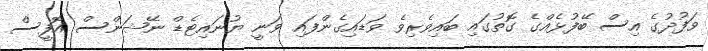
ވަފުދުގެ އިސް ބޭފުޅެއްގެ ގޮތުގައި ބައިވެރިވެ ވަޑައިގެންފައި ވަނީ ޔުނައިޓެޑް ނޭޝަންސް އޮފީސް